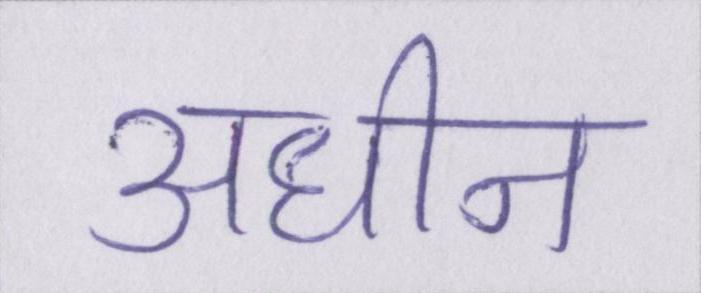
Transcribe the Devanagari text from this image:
अधीन